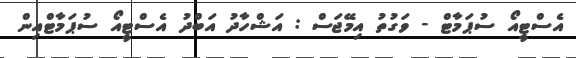
އެސްޓީއޯ ސުޕަމާޓް - ވަގުތު އިމޭޖަސް : އަޝްހާދު އަބްދު އެސްޓީއޯ ސުޕަމާޓްއިން